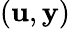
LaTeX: (\mathbf{u},\mathbf{y})